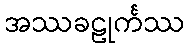
အဿခဠုင်္ကဿ